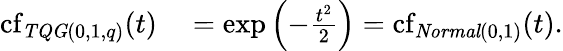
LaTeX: \begin{array}{rl}{\operatorname{cf}_{\mathit{TQG}(0,1,q)}(t)}&{{}=\exp\left(-\frac{t^{2}}{2}\right)=\operatorname{cf}_{\mathit{Normal}\left(0,1\right)}(t).}\end{array}